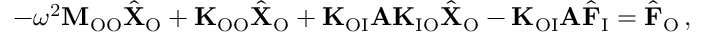
- \omega ^ { 2 } \mathbf { M } _ { \mathrm { O O } } \hat { \mathbf { X } } _ { \mathrm { O } } + \mathbf { K } _ { \mathrm { O O } } \hat { \mathbf { X } } _ { \mathrm { O } } + \mathbf { K } _ { \mathrm { O I } } \mathbf { A } \mathbf { K } _ { \mathrm { I O } } \hat { \mathbf { X } } _ { \mathrm { O } } - \mathbf { K } _ { \mathrm { O I } } \mathbf { A } \hat { \mathbf { F } } _ { \mathrm { I } } = \hat { \mathbf { F } } _ { \mathrm { O } } \, ,